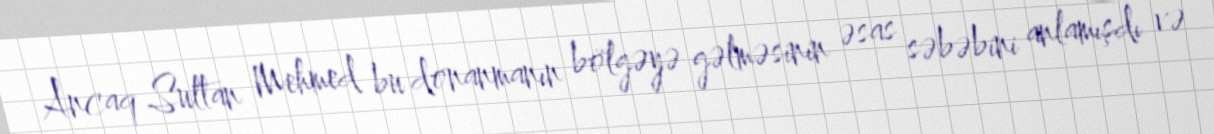
Ancaq Sultan Mehmed bu donanmanın bölgəyə gəlməsinin əsas səbəbini anlamışdı və